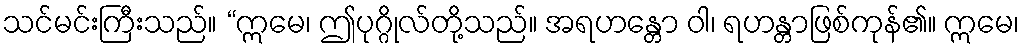
သင်မင်းကြီးသည်။ “ဣမေ၊ ဤပုဂ္ဂိုလ်တို့သည်။ အရဟန္တော ဝါ၊ ရဟန္တာဖြစ်ကုန်၏။ ဣမေ၊